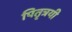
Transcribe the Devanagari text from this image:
पितृत्रयी